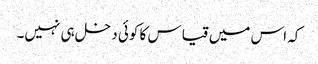
کہ اس میں قیاس کا کوئی دخل ہی نہیں۔